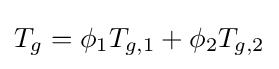
{T_{g}}={\phi _{1}T_{g,1}}+{\phi _{2}T_{g,2}}